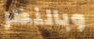
وبالنظر